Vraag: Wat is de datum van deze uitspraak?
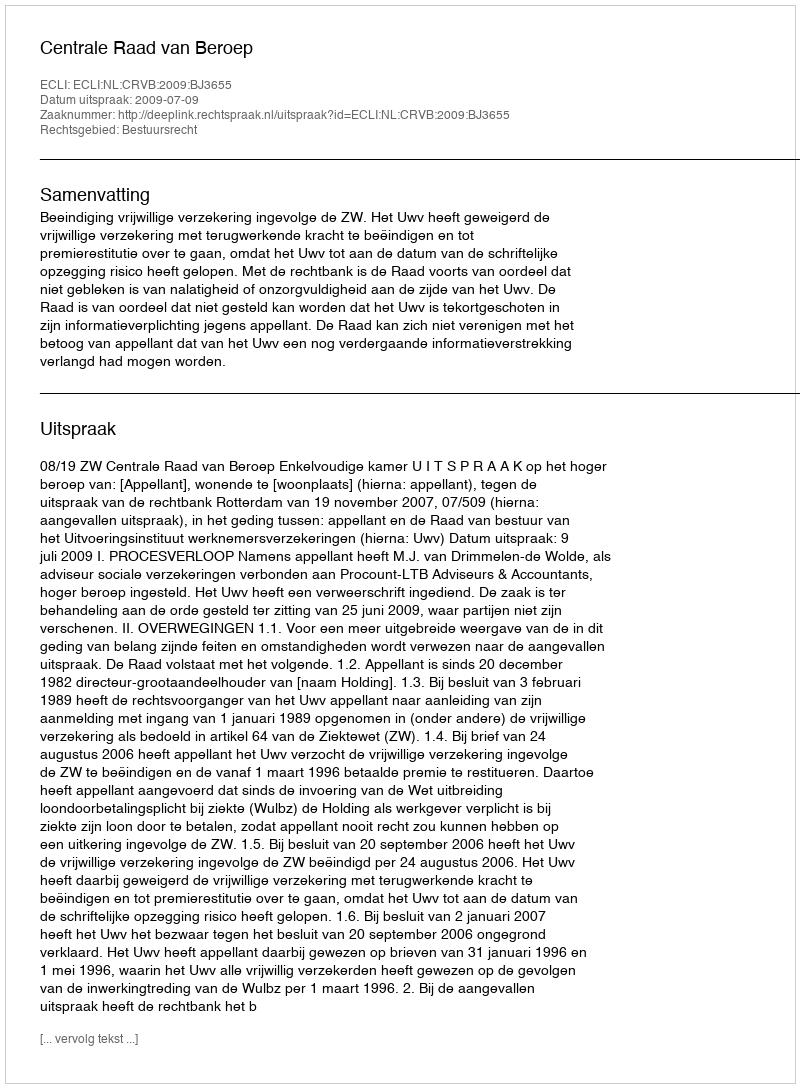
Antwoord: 2009-07-09